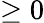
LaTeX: \ge 0